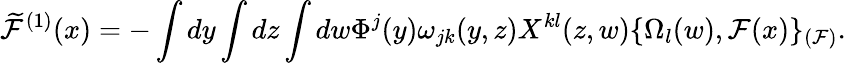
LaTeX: \widetilde{\cal F}^{(1)}(x)=-\int dy\int dz\int dw\Phi^{j}(y)\omega_{jk}(y,z)X^{kl}(z,w)\{ \Omega_{l}(w),{\cal F}(x)\} _{({\cal F})}.